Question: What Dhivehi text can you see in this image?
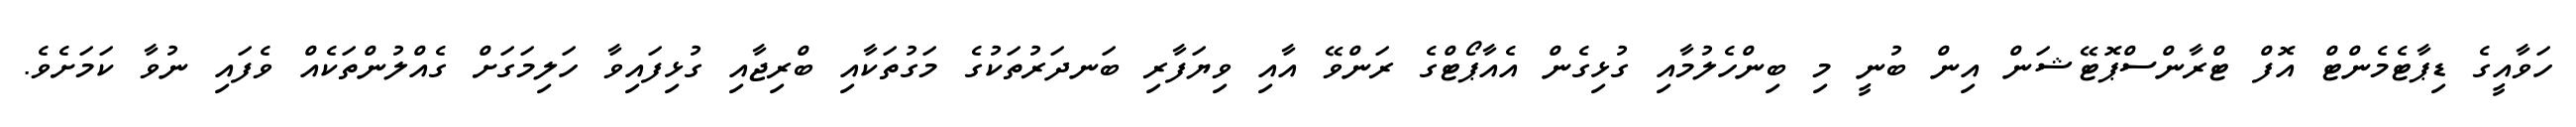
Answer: ހަވާއީގެ ޑިޕާޓެމެންޓް އޮފް ޓްރާންސްޕޮޓޭޝަން އިން ބުނީ މި ބިންހެލުމާއި ގުޅިގެން އެއާޕޯޓްގެ ރަންވޭ އާއި ވިޔަފާރި ބަނދަރުތަކުގެ މަގުތަކާއި ބްރިޖާއި ގުޅިފައިވާ ހަލިމަގަށް ގެއްލުންތަކެއް ވެފައި ނުވާ ކަމަށެވެ.